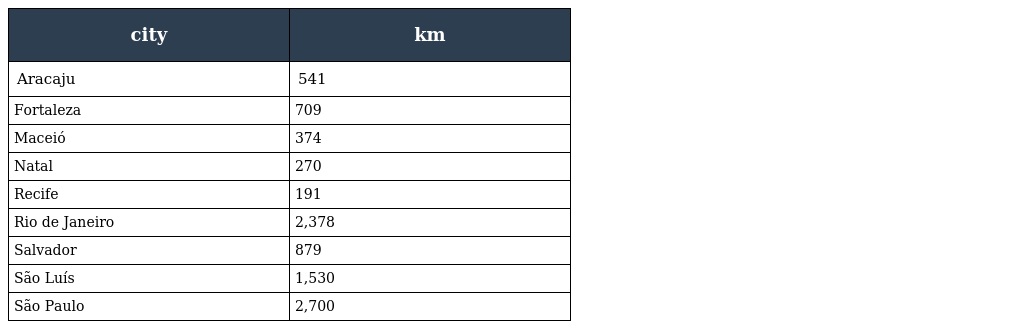
| city | km |
 | --- | --- |
 | Aracaju | 541 |
 | Fortaleza | 709 |
 | Maceió | 374 |
 | Natal | 270 |
 | Recife | 191 |
 | Rio de Janeiro | 2,378 |
 | Salvador | 879 |
 | São Luís | 1,530 |
 | São Paulo | 2,700 |